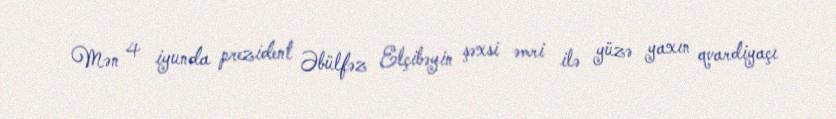
Mən 4 iyunda prezident Əbülfəz Elçibəyin şəxsi əmri ilə yüzə yaxın qvardiyaçı